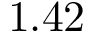
1 . 4 2